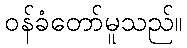
ဝန်ခံတော်မူသည်။